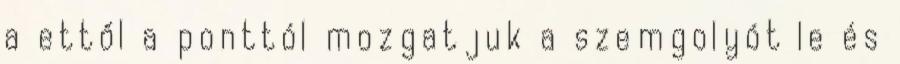
a ettől a ponttól mozgatjuk a szemgolyót le és